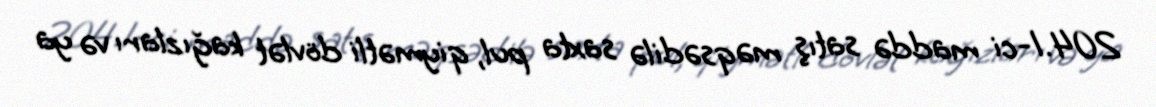
204.1-ci maddə satış məqsədilə saxta pul, qiymətli dövlət kağızları və ya